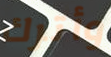
وأترك